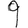
Digit: 9